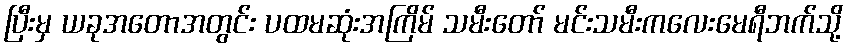
ပြီးမှ ယခုအတောအတွင်း ပထမဆုံးအကြိမ် သမီးတော် မင်းသမီးကလေးမေရီဘက်သို့